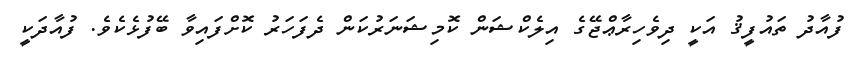
ފުއާދު ތައުފީޤު އަކީ ދިވެހިރާޢްޖޭގެ އިލެކްޝަން ކޮމިޝަނަރުކަން ދެފަހަރު ކޮށްފައިވާ ބޭފުޅެކެވެ. ފުއާދަކީ